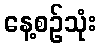
နေ့စဉ်သုံး